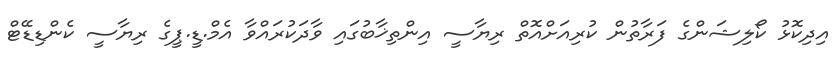
އިދިކޮޅު ކޯލިޝަންގެ ފަރާތުން ކުރިއަށްއޮތް ރިޔާސީ އިންތިޚާބުގައި ވާދަކުރައްވާ އެމް.ޑީ.ޕީގެ ރިޔާސީ ކެންޑިޑޭޓް